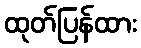
ထုတ်ပြန်ထား